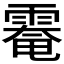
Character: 𩄀